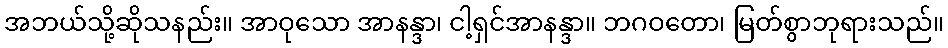
အဘယ်သို့ဆိုသနည်း။ အာဝုသော အာနန္ဒာ၊ ငါ့ရှင်အာနန္ဒာ။ ဘဂဝတော၊ မြတ်စွာဘုရားသည်။